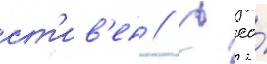
ст'ив'ен // С ео́